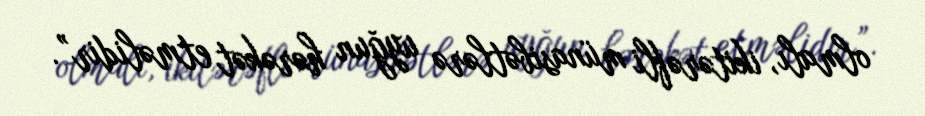
olmalı, ikitərəfli münasibətlərə uyğun hərəkət etməlidir”.